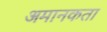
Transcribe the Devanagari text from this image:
अमानकता